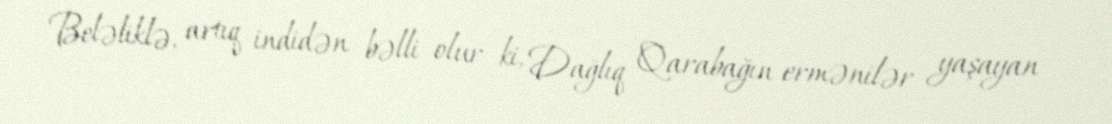
Beləliklə, artıq indidən bəlli olur ki, Dağlıq Qarabağın ermənilər yaşayan